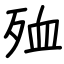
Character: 殈